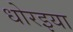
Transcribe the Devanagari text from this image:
धोरइया